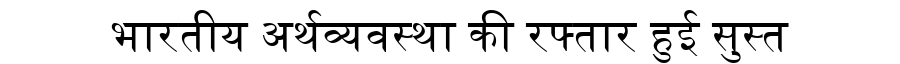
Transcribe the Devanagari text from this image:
भारतीय अर्थव्यवस्था की रफ्तार हुई सुस्त